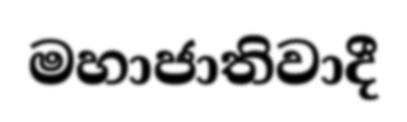
මහාජාතිවාදී